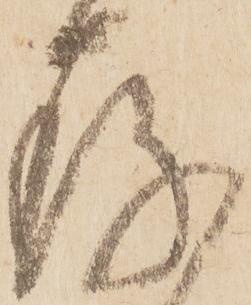
存